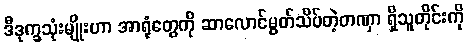
ဒီဒုက္ခသုံးမျိုးဟာ အာရုံတွေကို ဆာလောင်မွတ်သိပ်တဲ့တဏှာ ရှိသူတိုင်းကို